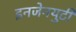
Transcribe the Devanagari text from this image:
इनजेनयुटी